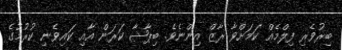
ބިރުވެރި ފިލްމެއް ކަމަށްވާ ރާޒް އިންނެވެ. ބިޕާޝާ ކަރަން އާއި ކައިވެނި ކުރުމުގެ